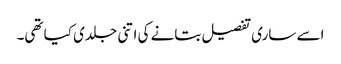
اسے ساری تفصیل بتانے کی اتنی جلدی کیا تھی۔